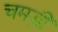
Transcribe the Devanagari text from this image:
चमड़ी